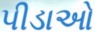
પીડાઓ